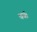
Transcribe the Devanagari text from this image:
वकॅ